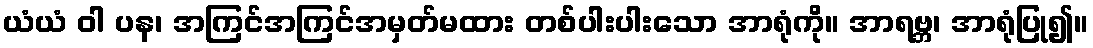
ယံယံ ဝါ ပန၊ အကြင်အကြင်အမှတ်မထား တစ်ပါးပါးသော အာရုံကို။ အာရဗ္ဘ၊ အာရုံပြု၍။